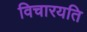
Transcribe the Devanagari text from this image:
विचारयति